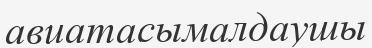
авиатасымалдаушы